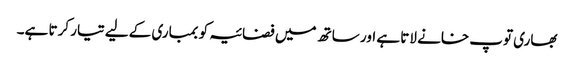
بھاری توپ خانے لاتا ہے اور ساتھ میں فضائیہ کو بمباری کےلیے تیار کرتا ہے۔